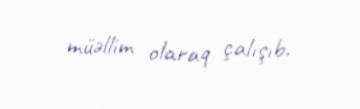
müəllim olaraq çalışıb.